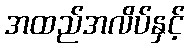
အထည်အလိပ်နှင့်